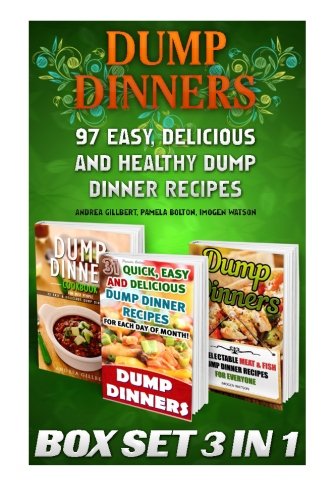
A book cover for Dump Dinners BOX SET 3 IN 1: 97 Easy, Delicious and Healthy Dump Dinner Recipes: (Crockpot Dump Meals, Delicious Dump Meals, Dump Dinners Recipes For ... cooking, Easy Cooking Recipes) (Volume 2); Pamela Bolton; Cookbooks, Food & Wine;